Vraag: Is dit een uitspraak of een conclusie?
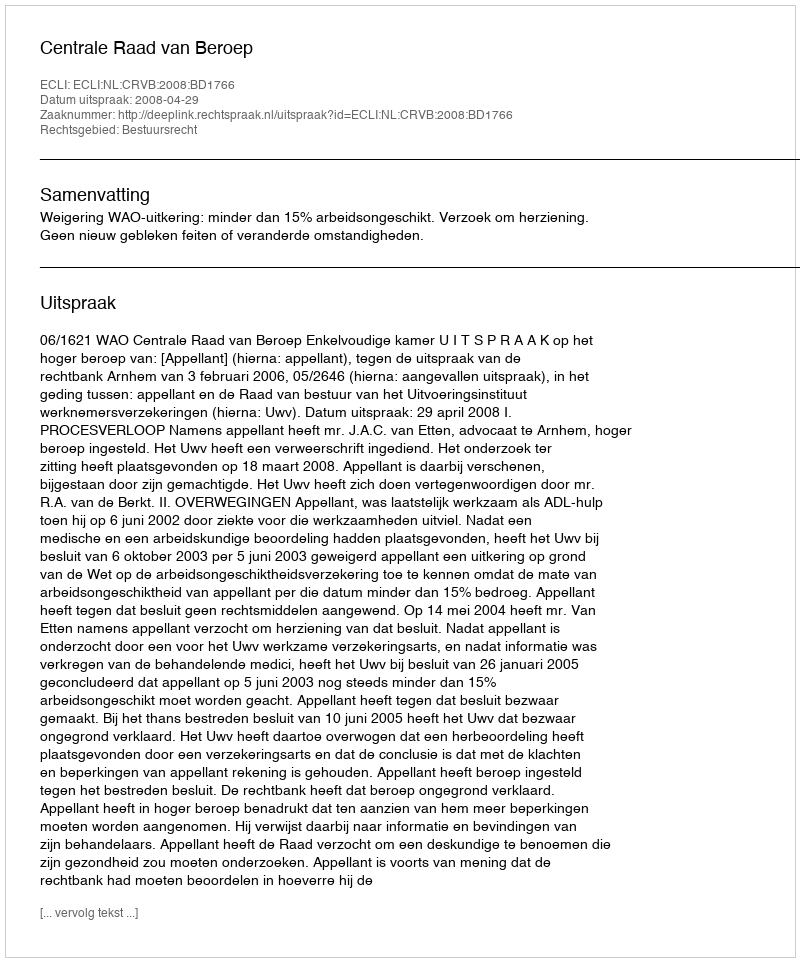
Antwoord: Uitspraak